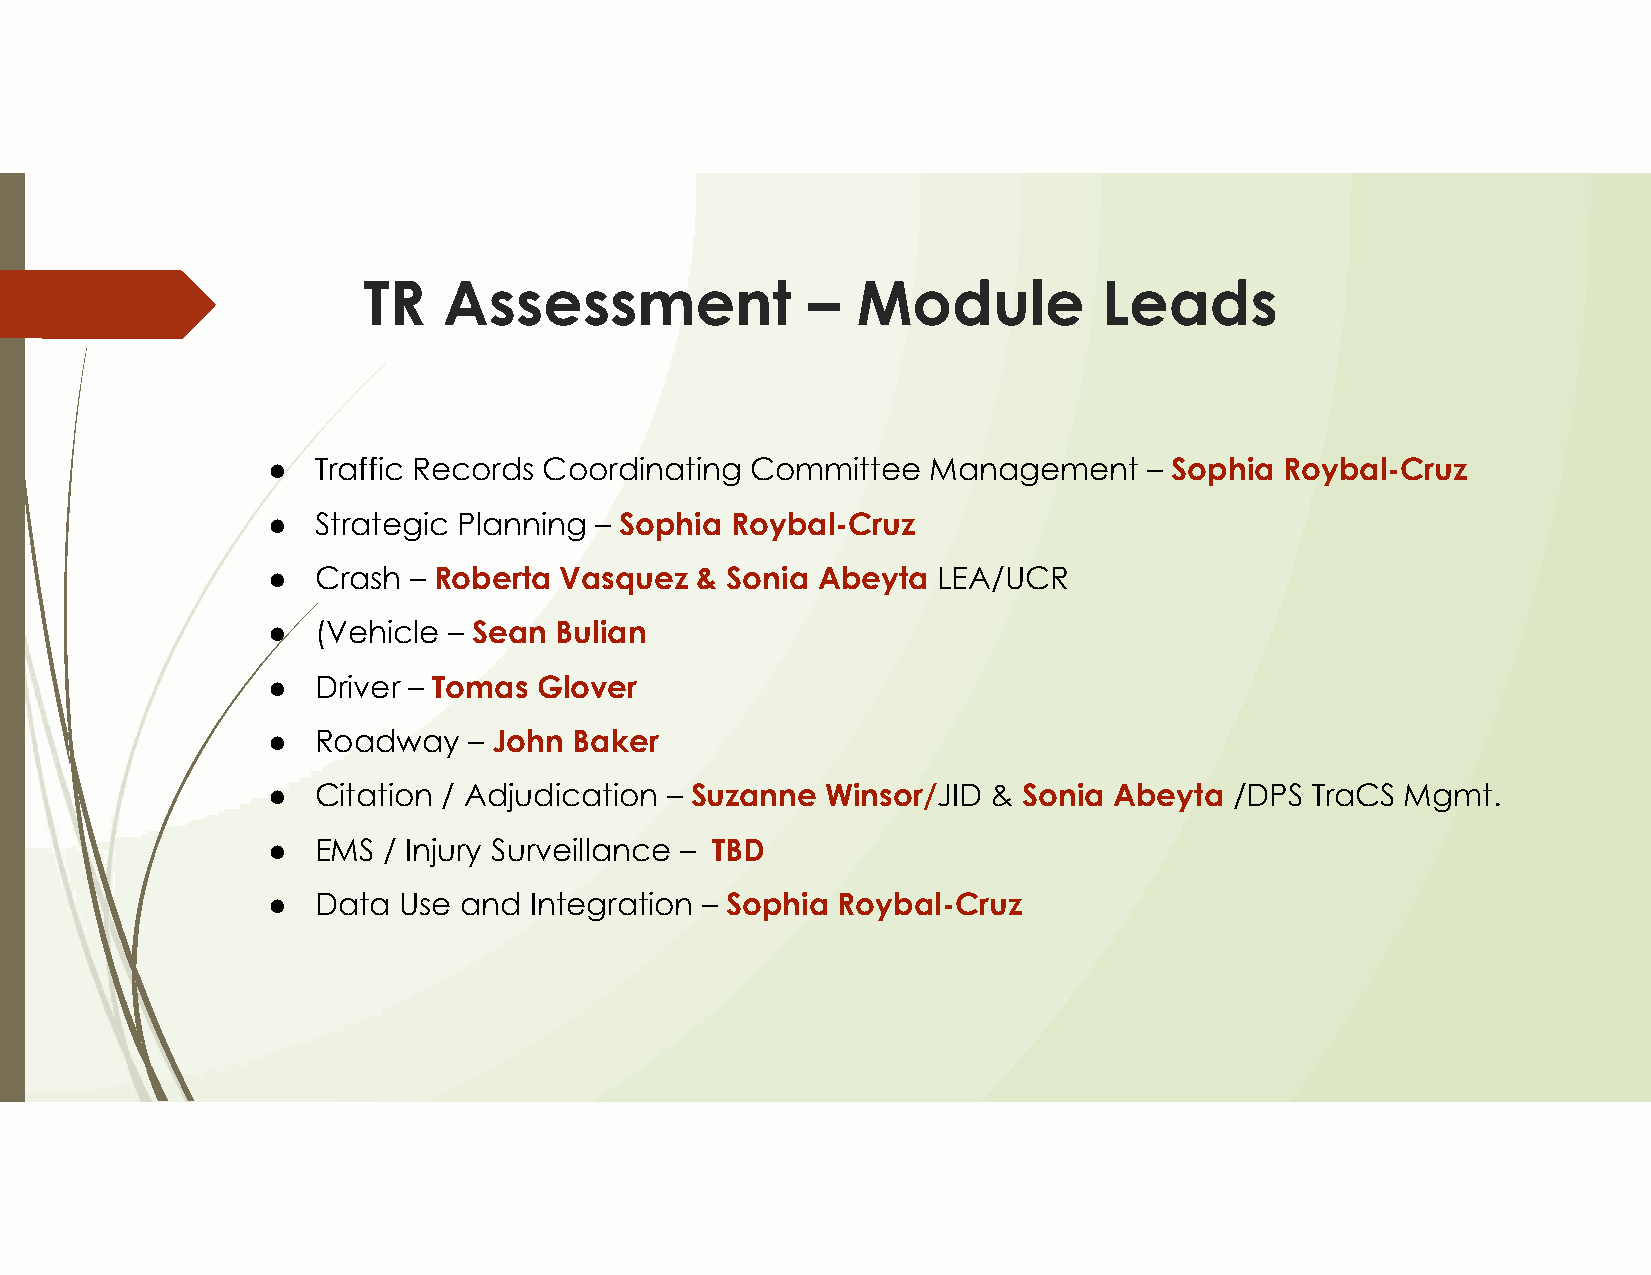
TR   Assessment              –   Module          Leads
 ●  Traffic Records Coordinating Committee  Management     – Sophia Roybal-Cruz
 ●  Strategic Planning – Sophia Roybal-Cruz
 ●  Crash – Roberta Vasquez  & Sonia Abeyta  LEA/UCR
 ●  (Vehicle – Sean Bulian
 ●  Driver – Tomas Glover
 ●  Roadway   – John Baker
 ●  Citation / Adjudication – Suzanne Winsor/JID & Sonia Abeyta  /DPS TraCS Mgmt.
 ●  EMS / Injury Surveillance – TBD
 ●  Data Use and  Integration – Sophia Roybal-Cruz